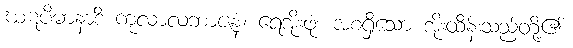
ဃဋပိဓာနာဒိ ကုလာလဘာဇနံ၊ ရေအိုးဖုံး အစရှိသော အိုးထိန်းသည်တို့၏